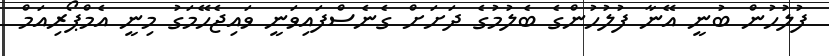
ފުލުހުން ބުނީ އޭނާ ފުލުހުންގެ ބެލުމުގެ ދަށަށް ގެނެސްފައިވަނީ ވައިޖެހޭމަގު މިނީ އެމްޕޯރިއަމް